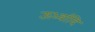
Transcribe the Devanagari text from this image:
ऊर्ध्वादि